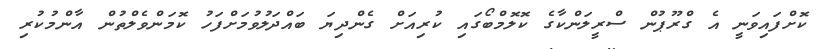
ކޮށްފައިވަނީ އެ ގްރޫޕުން ސްރީލަންކާގެ ކޮލޮމްބޯގައި ކުރިއަށް ގެންދިޔަ ބައްދަލުވުމަށްފަހު ކޮމަންވެލްތުން އާންމުކުރި